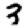
Digit: 3